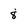
Character: 8